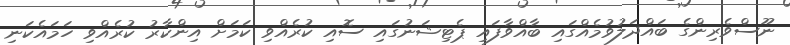
ނޫސްވެރިންގެ ބައްދަލުވުމެއްގައި ބާއްވާފައި ޕެޓިޝަނުގައި ސޮއި ކުރެއްވި ކަމަށް އިންކާރު ކުރެއްވި ހަމައެކަނި